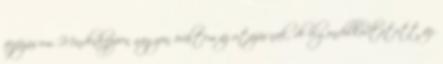
fejfájásom. Mindenképpen nagyon örültem az utazásnak, de elgondolkodtatott az,